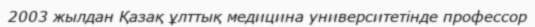
2003 жылдан Қазақ ұлттық медицина университетінде профессор